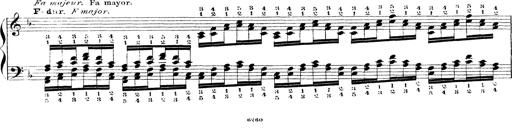
Title: Technische Studien
Composer: Franz Liszt